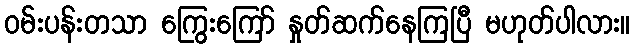
ဝမ်းပန်းတသာ ကြွေးကြော် နှုတ်ဆက်နေကြပြီ မဟုတ်ပါလား။